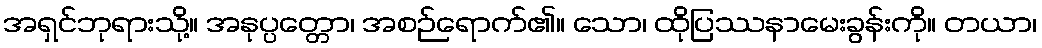
အရှင်ဘုရားသို့။ အနုပ္ပတ္တော၊ အစဉ်ရောက်၏။ သော၊ ထိုပြဿနာမေးခွန်းကို။ တယာ၊